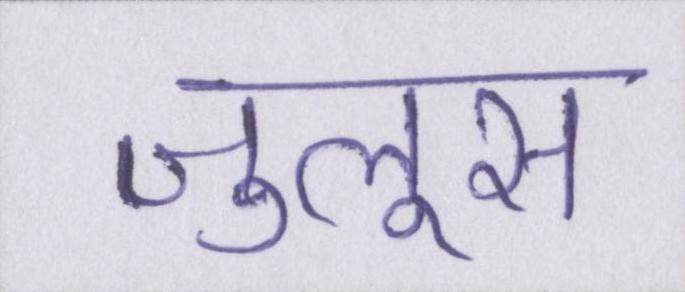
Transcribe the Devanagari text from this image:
जुलूस